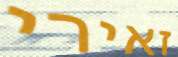
זאירי